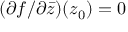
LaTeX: ( \partial f / \partial { \bar { z } } ) ( z _ { 0 } ) = 0